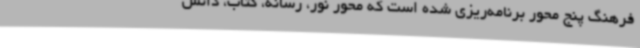
فرهنگ پنج محور برنامه‌ریزی شده است که محور نور، رسانه، کتاب، دانش